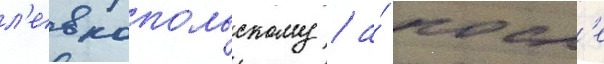
л'евкопольскому / а́ посл'е